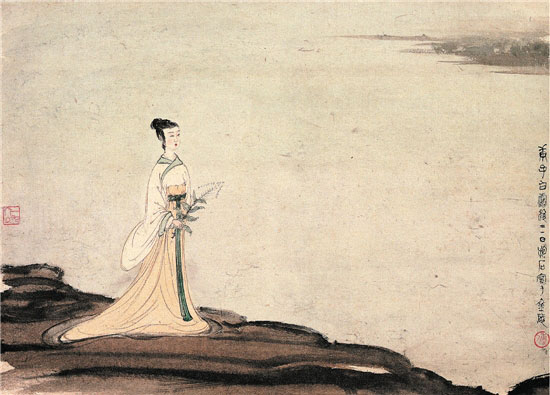
玉梅消瘦，恨东皇命薄。